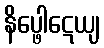
နိပ္ဖေါဋေယျ